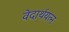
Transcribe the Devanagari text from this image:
वेदार्थयत्न